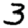
Digit: 3